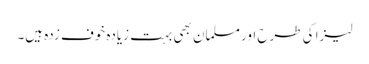
لیزا کی طرح اور مسلمان بھی بہت زیادہ خوف زدہ ہیں۔